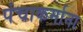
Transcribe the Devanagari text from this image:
पंचाकर्माना